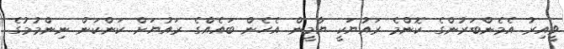
ވީއިރު އެމެންބަރުންގެ ކޮންމެ ރައުޔަކީ ޔާމީން އެހެން ބައެއްގެ ރައުޔަށް ކަންކަން ނިންމުމުގެ